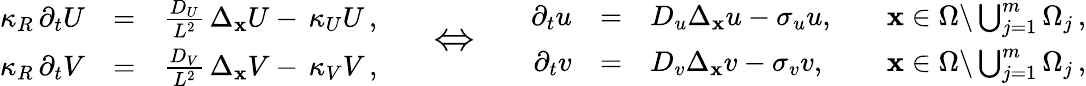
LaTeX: \begin{array}{rcl}{\kappa_{R}\, \partial_{t}U}&{=}&{\frac{D_{U}}{L^{2}}\, \Delta_{\mathbf x}U-\, \kappa_{U}U\, ,}\\ {\kappa_{R}\, \partial_{t}V}&{=}&{\frac{D_{V}}{L^{2}}\, \Delta_{\mathbf x}V-\, \kappa_{V}V\, ,}\end{array}\qquad{\Large\Leftrightarrow}\qquad\begin{array}{rcll}{\partial_{t}u}&{=}&{D_{u}\Delta_{\mathbf x}u-\sigma_{u}u,\quad}&{{\mathbf x}\in\Omega\backslash\bigcup_{j=1}^{m}\Omega_{j}\, ,}\\ {\partial_{t}v}&{=}&{D_{v}\Delta_{\mathbf x}v-\sigma_{v}v,\quad}&{{\mathbf x}\in\Omega\backslash\bigcup_{j=1}^{m}\Omega_{j}\, ,}\end{array}